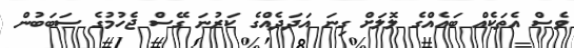
ވެސް އެތަކެއް ބައެއްގެ ލޮލަށް ގިނަ އަދަދެއްގެ ކަރުނަ ގޭސް ޖެހުމުގެ ސަބަބުން